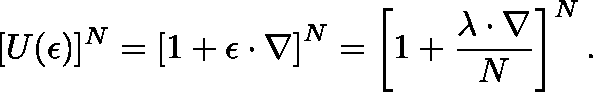
[ U ( \mathbf { \epsilon } ) ] ^ { N } = \left[ 1 + \mathbf { \epsilon } \cdot \nabla \right] ^ { N } = \left[ 1 + { \frac { \mathbf { \lambda } \cdot \nabla } { N } } \right] ^ { N } .